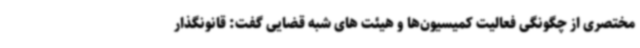
مختصری از چگونگی فعالیت کمیسیون‌ها و هیئت های شبه قضایی گفت: قانونگذار